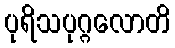
ပုရိသပုဂ္ဂလောတိ